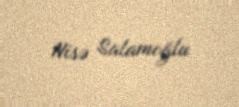
Nisə Salamoğlu